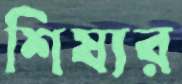
শিষ্যর